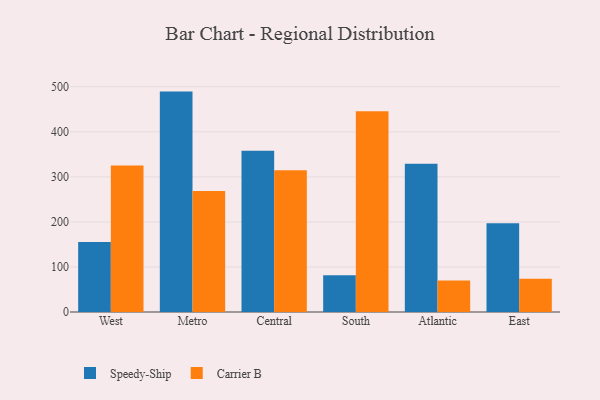
{"axis": {"x": "Region", "y": "Shipments"}, "legend": ["Carrier B", "Speedy-Ship"], "data": [{"x": "West", "y": 155.6, "type": "Speedy-Ship"}, {"x": "West", "y": 325.5, "type": "Carrier B"}, {"x": "Metro", "y": 489.3, "type": "Speedy-Ship"}, {"x": "Metro", "y": 268.7, "type": "Carrier B"}, {"x": "Central", "y": 357.8, "type": "Speedy-Ship"}, {"x": "Central", "y": 314.8, "type": "Carrier B"}, {"x": "South", "y": 81.4, "type": "Speedy-Ship"}, {"x": "South", "y": 445.7, "type": "Carrier B"}, {"x": "Atlantic", "y": 328.9, "type": "Speedy-Ship"}, {"x": "Atlantic", "y": 70.0, "type": "Carrier B"}, {"x": "East", "y": 197.1, "type": "Speedy-Ship"}, {"x": "East", "y": 73.8, "type": "Carrier B"}]}